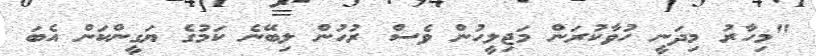
"މިހާރު މިދަނީ ހުވާކުރަން މަޖިލީހުން ވެސް ރުހުން ލިބޭނެ ކަމުގެ ޔަގީންކަން އެބަ